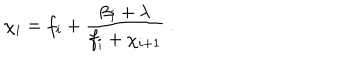
\chi _ { i } = f _ { i } + \frac { \beta _ { i } + \lambda } { f _ { i } + \chi _ { i + 1 } } ~ .